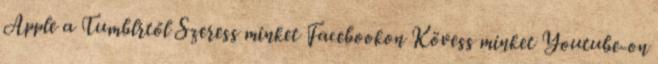
Apple a Tumblrtől Szeress minket Facebookon Kövess minket Youtube-on